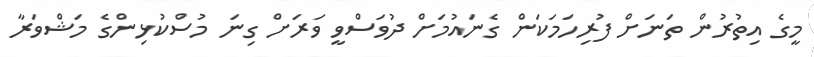
މީގެ އިތުރުން ތަނަށް ފުރިހަމަކަން ގެނައުމަށް ދުވަސްވީ ވަރަށް ގިނަ މުސްކުޅިންގެ މަޝްވަރާ